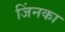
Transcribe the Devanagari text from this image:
जिंनका